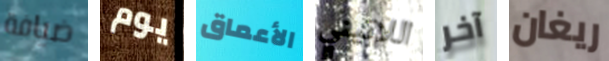
ضيافة يوم الأعماق اللاتيني آخر ريغان